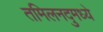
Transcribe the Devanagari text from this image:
तमिलनदुमध्ये